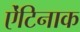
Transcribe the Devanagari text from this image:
ऐंटिनाक